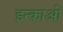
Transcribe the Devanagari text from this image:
इन्काओं